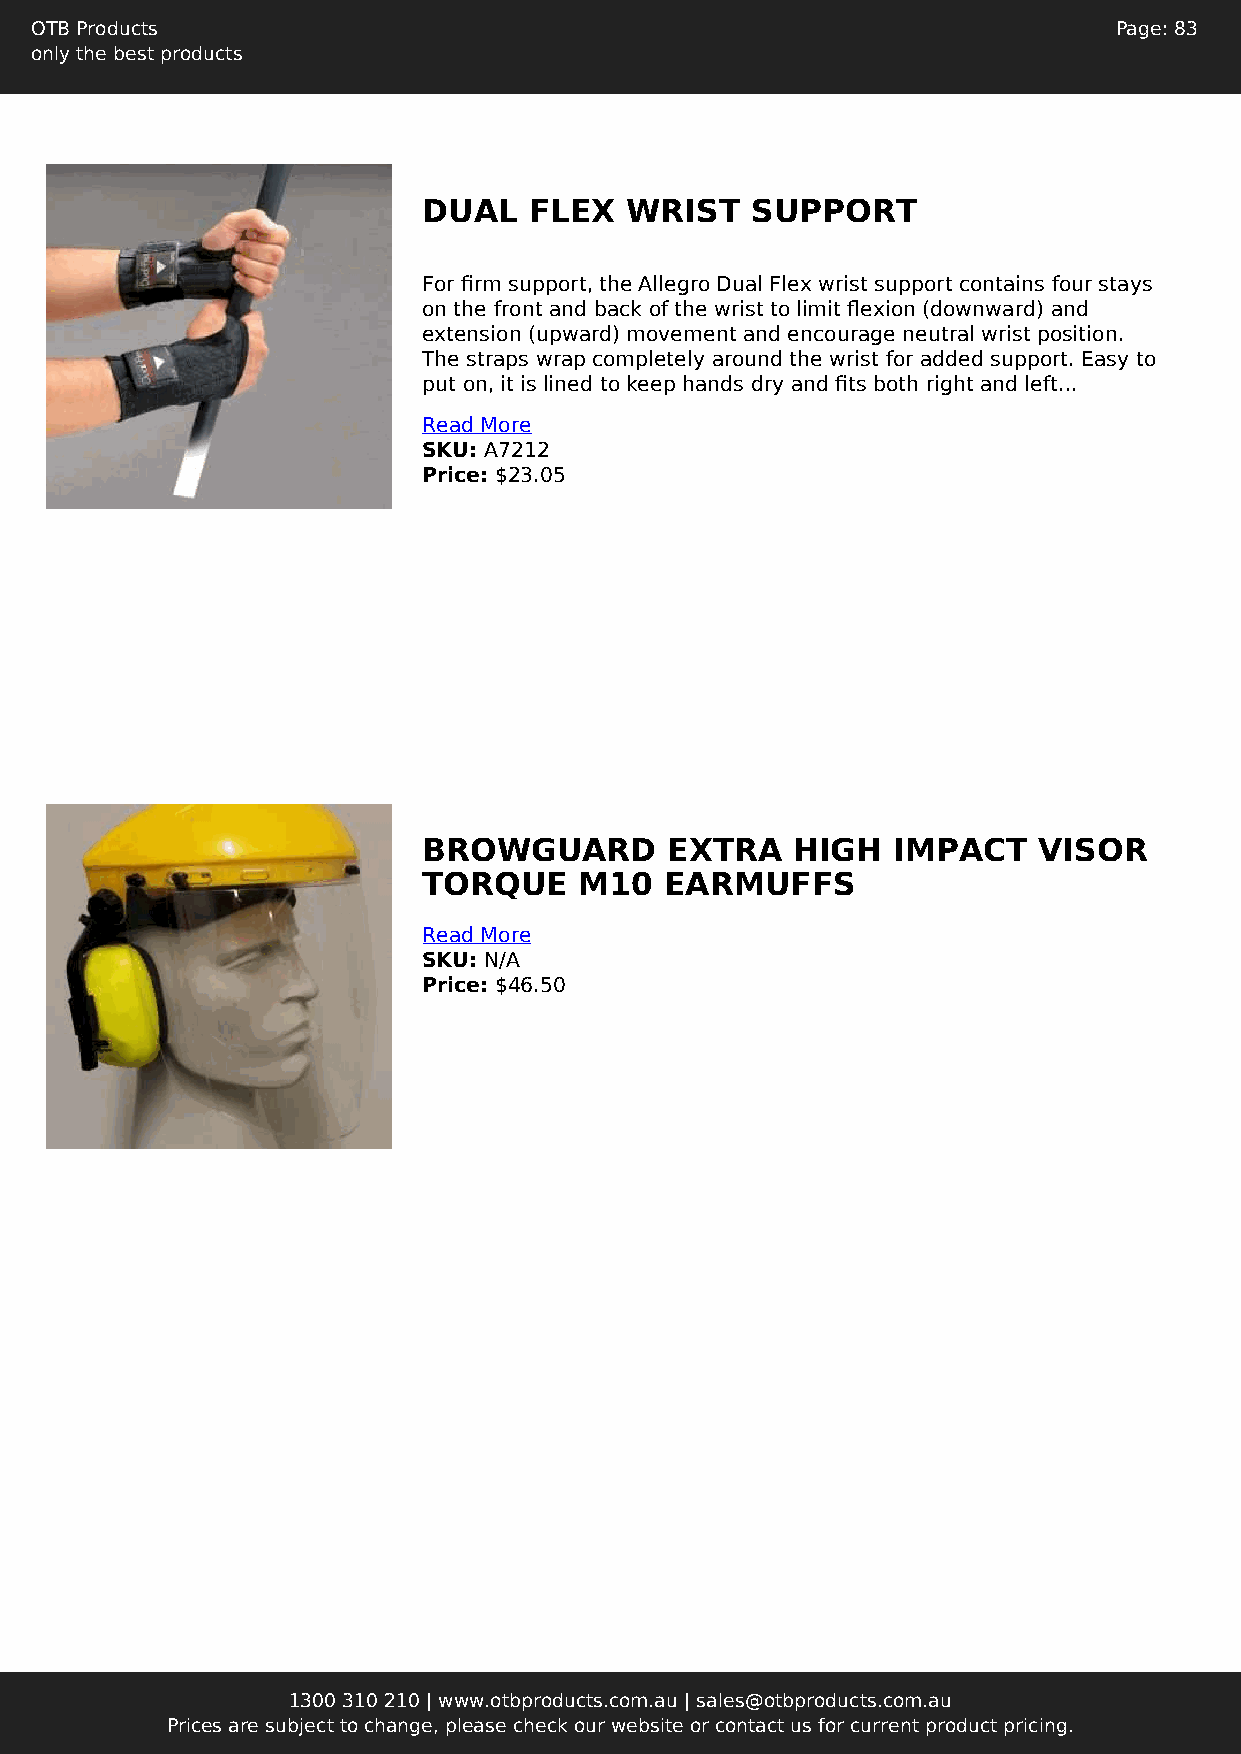
OTB Products                                                            Page: 83
 only the best products
 DUAL   FLEX  WRIST    SUPPORT
 For firm support, the Allegro Dual Flex wrist support contains four stays
 on the front and back of the wrist to limit flexion (downward) and
 extension (upward) movement and encourage neutral wrist position.
 The straps wrap completely around the wrist for added support. Easy to
 put on, it is lined to keep hands dry and fits both right and left...
 Read More
 SKU: A7212
 Price: $23.05
 BROWGUARD       EXTRA   HIGH   IMPACT    VISOR
 TORQUE    M10   EARMUFFS
 Read More
 SKU: N/A
 Price: $46.50
 1300 310 210 | www.otbproducts.com.au | sales@otbproducts.com.au
 Prices are subject to change, please check our website or contact us for current product pricing.